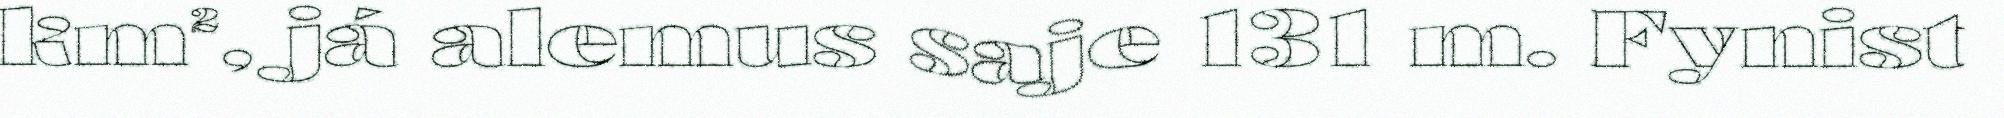
km², já alemus saje 131 m. Fynist